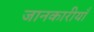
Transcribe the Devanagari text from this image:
जानकारीयाँ